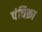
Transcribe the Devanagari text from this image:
पंचिक्रा